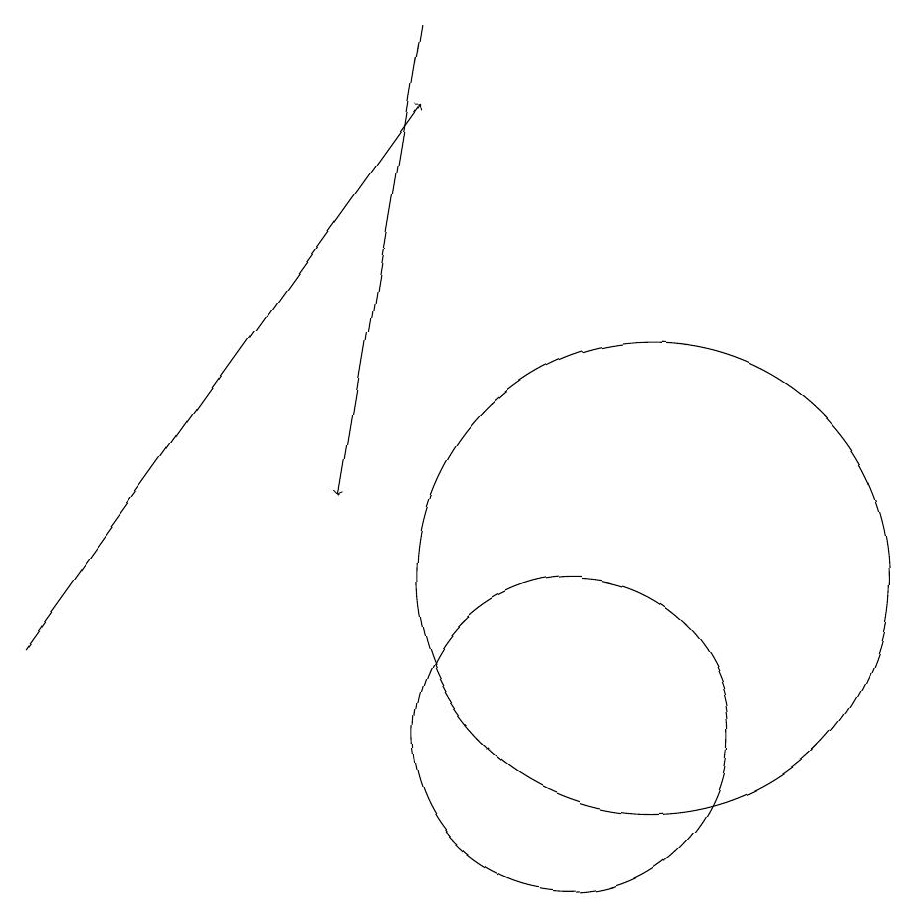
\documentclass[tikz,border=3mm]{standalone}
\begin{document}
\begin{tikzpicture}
\draw[->] (8,19) -- (7,13);
\draw (11,12) circle (3);
\draw[->] (3,11) -- (8,18);
\draw (10,10) circle (2);
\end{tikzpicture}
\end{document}